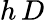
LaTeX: h\, D